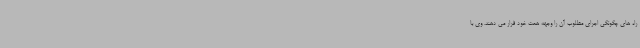
راه های چگونگی اجرای مطلوب آن را وجهه همت خود قرار می دهند. وی با